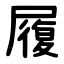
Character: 履